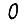
Digit: 0